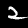
Label: 2